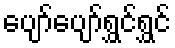
ပျော်ပျော်ရွှင်ရွှင်